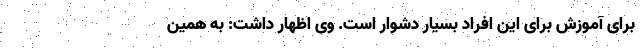
برای آموزش برای این افراد بسیار دشوار است. وی اظهار داشت: به همین